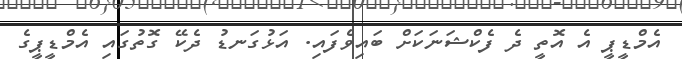
އެމްޑީޕީ އެ އޮތީ ދެ ފެކްޝަނަކަށް ބައިވެފައި. އަޅުގަނޑު ދެކޭ ގޮތުގައި އެމްޑީޕީގެ